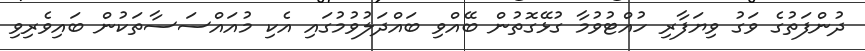
ދުންފަތުގެ ވަގު ވިޔަފާރި ހުއްޓުވުމާ ގުޅޭގޮތުން ބޭއްވި ބައްދަލުވުމުގައި އެކި މުއައްސަސާތަކުން ބައިވެރިވި